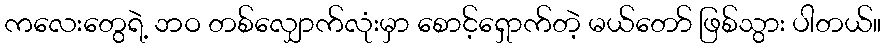
ကလေးတွေရဲ့ ဘဝ တစ်လျှောက်လုံးမှာ စောင့်ရှောက်တဲ့ မယ်တော် ဖြစ်သွား ပါတယ်။